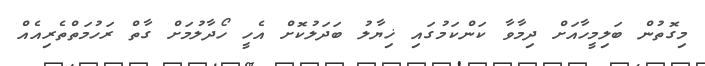
މިގޮތުން ބަލިމީހާއަށް ދިމާވާ ކަންކަމުގައި ޚިޔާލު ބަދަލުކޮށް އެހީ ހޯދާލުމަށް ގާތް ރަހުމަތްތެރިއެއް